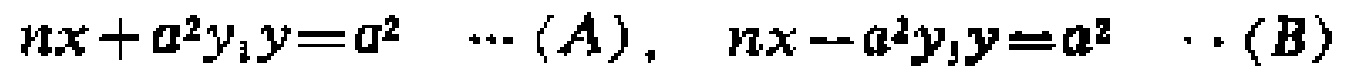
\(n x + a^{2} y_{1} y = a^{2} \quad \cdots (A), \quad n x - a^{2} y_{1} y = a^{2} \quad \cdots (B)\)